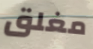
مغلق